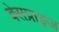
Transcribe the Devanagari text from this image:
बेसप्राइज